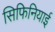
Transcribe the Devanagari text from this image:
सिफिनियाई